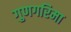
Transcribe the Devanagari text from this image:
गुणगरिमा